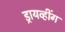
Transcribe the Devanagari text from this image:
ड्रायव्हींग